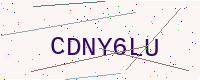
Text: CDNY6LU